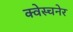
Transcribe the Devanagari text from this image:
क्वेस्चनेर